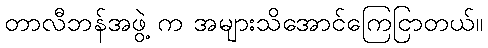
တာလီဘန်အဖွဲ့ က အများသိအောင်ကြေငြာတယ်။